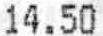
14.50